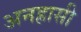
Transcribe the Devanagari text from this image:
अनह्रासी